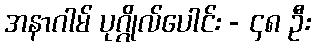
အနာဂါမ် ပုဂ္ဂိုလ်ပေါင်း - ၄၈ ဦး